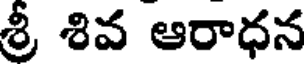
శ్రీ శివ ఆరాధన